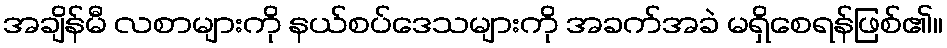
အချိန်မီ လစာများကို နယ်စပ်ဒေသများကို အခက်အခဲ မရှိစေရန်ဖြစ်၏။